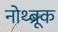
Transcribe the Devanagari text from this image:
नोथ्ब्रूक